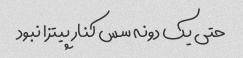
حتی یک دونه سس کنار پیتزا نبود